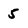
Character: 5